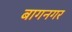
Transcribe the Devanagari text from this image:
बागनगर